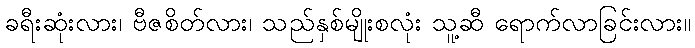
ခရီးဆုံးလား၊ ဗီဇစိတ်လား၊ သည်နှစ်မျိုးစလုံး သူ့ဆီ ရောက်လာခြင်းလား။